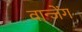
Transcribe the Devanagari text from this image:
वान्जेंग